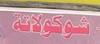
شوكولاتة